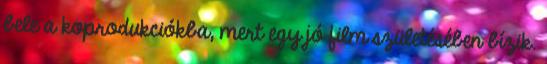
bele a koprodukciókba, mert egy jó film születésében bízik.